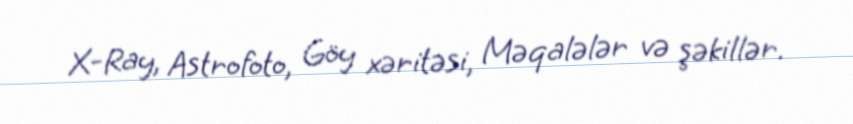
X-Ray, Astrofoto, Göy xəritəsi, Məqalələr və şəkillər.